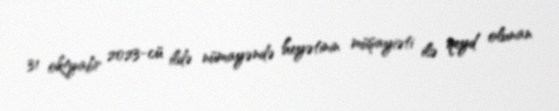
31 oktyabr 2023-cü ildə nümayəndə heyətinin müşayiəti ilə qeyd olunan